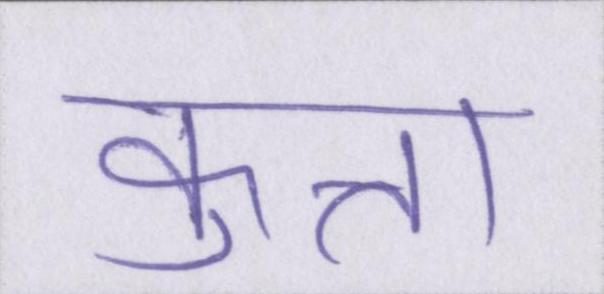
कुत्ता